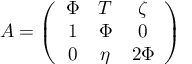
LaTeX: A = \left( \begin{array} { c c c } { { \Phi } } & { { T } } & { { \zeta } } \\ { { 1 } } & { { \Phi } } & { { 0 } } \\ { { 0 } } & { { \eta } } & { { 2 \Phi } } \end{array} \right)